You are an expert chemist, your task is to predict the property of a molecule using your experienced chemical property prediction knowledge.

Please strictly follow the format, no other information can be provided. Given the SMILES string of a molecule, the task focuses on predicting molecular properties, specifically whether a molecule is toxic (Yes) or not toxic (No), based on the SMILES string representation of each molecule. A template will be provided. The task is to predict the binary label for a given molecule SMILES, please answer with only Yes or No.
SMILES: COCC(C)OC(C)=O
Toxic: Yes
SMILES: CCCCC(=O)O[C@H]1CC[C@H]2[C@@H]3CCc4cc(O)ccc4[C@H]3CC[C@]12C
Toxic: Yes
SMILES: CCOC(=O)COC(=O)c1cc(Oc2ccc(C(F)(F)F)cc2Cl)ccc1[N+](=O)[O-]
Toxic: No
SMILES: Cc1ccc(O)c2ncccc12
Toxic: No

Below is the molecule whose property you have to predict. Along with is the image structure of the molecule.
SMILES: CCCCCCCCCCCC[N+](C)(C)Cc1ccccc1
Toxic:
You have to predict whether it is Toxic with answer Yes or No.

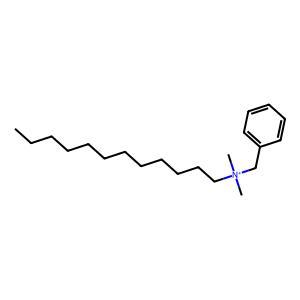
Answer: No